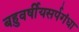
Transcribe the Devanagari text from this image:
बहुवर्षीयसर्पगंधा